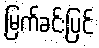
မြက်ခင်းပြင်